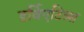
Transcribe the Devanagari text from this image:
डर्विएटिव्स